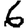
Digit: 6